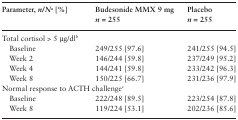
| Parameter, n/Na [%] | Budesonide MMX 9 mgn = 255 | Placebon = 255 |
 | --- | --- | --- |
 | <COLSPAN=3> Total cortisol > 5 μg/dlb |
 | Baseline | 249/255 [97.6] | 241/255 [94.5] |
 | Week 2 | 146/244 [59.8] | 237/249 [95.2] |
 | Week 4 | 144/241 [59.8] | 233/242 [96.3] |
 | Week 8 | 150/225 [66.7] | 231/236 [97.9] |
 | <COLSPAN=3> Normal response to ACTH challengec |
 | Baseline | 222/248 [89.5] | 223/254 [87.8] |
 | Week 8 | 119/224 [53.1] | 202/236 [85.6] |